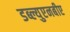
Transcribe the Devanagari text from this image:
डब्ल्युएनबीए